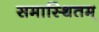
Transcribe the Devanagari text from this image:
समास्थितम्